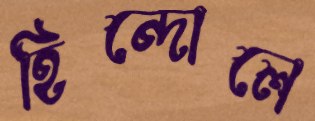
হিন্দোলে